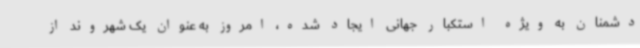
دشمنان به ویژه استکبار جهانی ایجاد شده، امروز به عنوان یک شهروند از